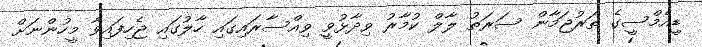
ޑީއެމްސީގެ ތަރުޖަމާން ސަރަތު ލާލް ކުމާރު ވިދާޅުވީ ވިއްސާރައިގައި ހާލުގައި ޖެހިފައިވާ މީހުންނަށް